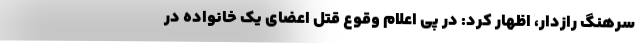
سرهنگ رازدار، اظهار کرد: در پی اعلام وقوع قتل اعضای یک خانواده در